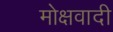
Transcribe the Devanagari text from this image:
मोक्षवादी